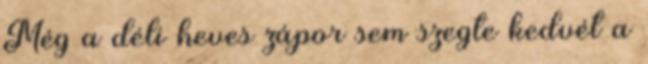
Még a déli heves zápor sem szegte kedvét a